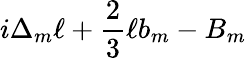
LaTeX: i\Delta_{m}\ell+{\frac{2}{3}}\ell b_{m}-B_{m}